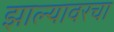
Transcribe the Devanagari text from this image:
झाल्यावरचा